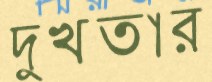
দুখতার